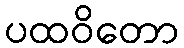
ပထဝိတော